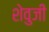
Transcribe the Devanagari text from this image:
शेवुजी